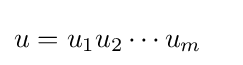
u=u_{1}u_{2}\cdots u_{m}\quad